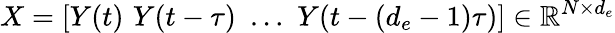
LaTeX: X=[Y(t)\, \, Y(t-\tau)\, \, \ldots\, \, Y(t-(d_{e}-1)\tau)]\in\mathbb{R}^{N\times d_{e}}